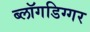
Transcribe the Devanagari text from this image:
ब्लॉगडिग्गर